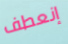
إنعطف